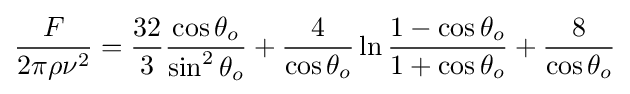
{\frac {F}{2\pi \rho \nu ^{2}}}={\frac {32}{3}}{\frac {\cos \theta _{o}}{\sin ^{2}\theta _{o}}}+{\frac {4}{\cos \theta _{o}}}\ln {\frac {1-\cos \theta _{o}}{1+\cos \theta _{o}}}+{\frac {8}{\cos \theta _{o}}}